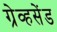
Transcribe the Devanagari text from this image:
ग्रेव्हसेंड